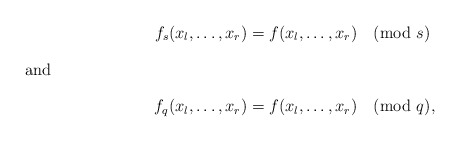
\begin{align*}f_s(x_{l}, \ldots, x_r) &= f(x_{l}, \ldots, x_r) \pmod{s} \\\intertext{and}f_q(x_{l}, \ldots, x_r) &= f(x_{l}, \ldots, x_r) \pmod{q},\end{align*}